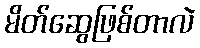
မိတ်ဆွေဖြစ်တာလဲ